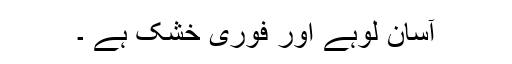
آسان لوہے اور فوری خشک ہے ۔